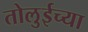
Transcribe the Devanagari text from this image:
तोलुईच्या